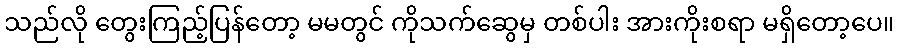
သည်လို တွေးကြည့်ပြန်တော့ မမတွင် ကိုသက်ဆွေမှ တစ်ပါး အားကိုးစရာ မရှိတော့ပေ။